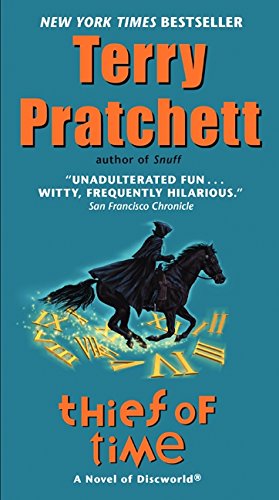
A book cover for Thief of Time: A Novel of Discworld; Terry Pratchett; Science Fiction & Fantasy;